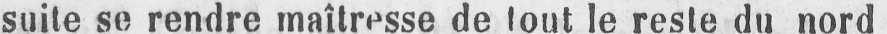
suite se rendre maîtresse de tout le reste du nord